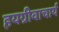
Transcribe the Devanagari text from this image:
हयग्रीवाचार्य